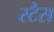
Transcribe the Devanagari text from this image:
स्टैस